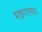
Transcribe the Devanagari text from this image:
मङ्गलम्।